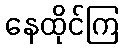
နေထိုင်ကြ